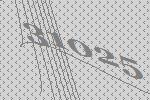
31025